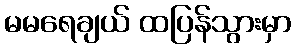
မမရေချယ် ထပြန်သွားမှာ